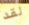
لقد